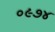
૦૯૭૪